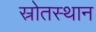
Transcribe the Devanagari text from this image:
स्रोतस्थान